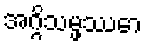
အဂ္ဂိသမ္ဖဿော